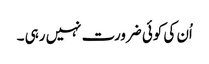
اُن کی کوئی ضرورت نہیں رہی ۔